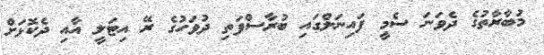
މުބާރާތުގެ ދެވަނަ ސެމީ ފައިނަލްގައި ބުރާސްފަތި ދުވަހުގެ ރޭ އިޓަލީ އާއި ދެކޮޅަށް